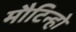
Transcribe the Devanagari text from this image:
मौटिन्हो